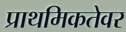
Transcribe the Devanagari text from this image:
प्राथमिकतेवर